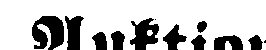
Auktion.